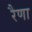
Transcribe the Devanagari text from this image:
रैणा